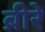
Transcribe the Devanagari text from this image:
ब्रीरे